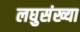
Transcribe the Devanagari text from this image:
लघुसंख्या